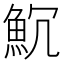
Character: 𩵨